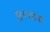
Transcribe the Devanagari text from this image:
पुरताच